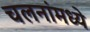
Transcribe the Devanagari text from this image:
चलनांमध्ये